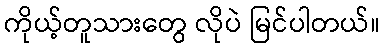
ကိုယ့်တူသားတွေ လိုပဲ မြင်ပါတယ်။